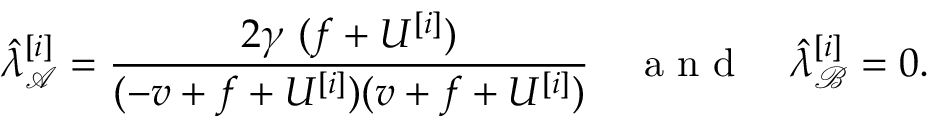
\hat { \lambda } _ { \mathcal { A } } ^ { [ i ] } = \frac { 2 \gamma ~ ( f + U ^ { [ i ] } ) } { ( - v + f + U ^ { [ i ] } ) ( v + f + U ^ { [ i ] } ) } \quad \mathrm { ~ a ~ n ~ d ~ } \quad \hat { \lambda } _ { \mathcal { B } } ^ { [ i ] } = 0 .